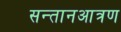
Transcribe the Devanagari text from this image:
सन्तानआत्रण